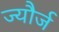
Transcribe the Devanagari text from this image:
ज्यौर्ज